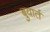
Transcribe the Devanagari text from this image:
बुयार्त